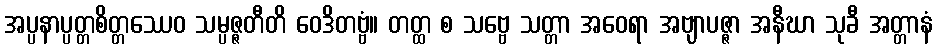
အပ္ပနာပ္ပတ္တစိတ္တဿေဝ သမ္ပဇ္ဇတီတိ ဝေဒိတဗ္ဗံ။ တတ္ထ စ သဗ္ဗေ သတ္တာ အဝေရာ အဗျာပဇ္ဇာ အနီဃာ သုခီ အတ္တာနံ